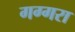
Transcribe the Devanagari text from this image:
गग्गरा